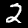
Label: 2